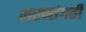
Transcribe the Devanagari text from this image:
शरणांगती